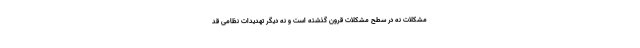
مشکلات نه در سطح مشکلات قرون گذشته است و نه دیگر تهدیدات نظامی قد